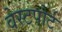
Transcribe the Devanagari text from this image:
वेस्‍टपोर्ट